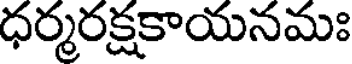
ధర్మరక్షకాయనమః